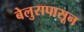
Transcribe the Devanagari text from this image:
बेलुरापासून